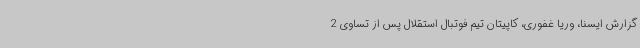
گزارش ایسنا، وریا غفوری، کاپیتان تیم فوتبال استقلال پس از تساوی 2